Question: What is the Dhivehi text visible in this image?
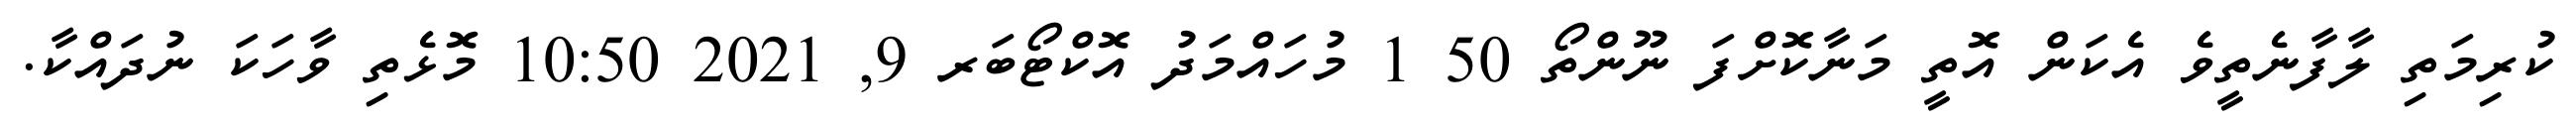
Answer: ކުރިމަތި ލާފާނެތީވެ އެކަން އޮތީ މަނާކޮށްފަ ނޫންތޯ 50 1 މުހައްމަދު އޮކްޓޯބަރ 9, 2021 10:50 މޮޅެތި ވާހަކަ ނުދައްކާ.